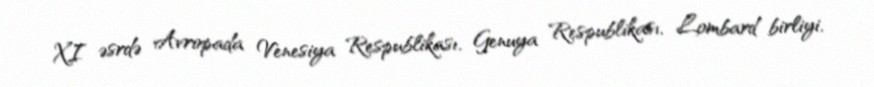
XI əsrdə Avropada Venesiya Respublikası, Genuya Respublikası, Lombard birliyi,